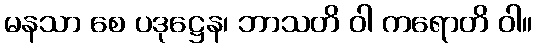
မနသာ စေ ပဒုဋ္ဌေန၊ ဘာသတိ ဝါ ကရောတိ ဝါ။